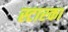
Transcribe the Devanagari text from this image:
स्टारका